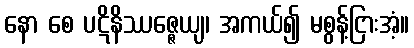
နော စေ ပဋိနိဿဇ္ဇေယျ၊ အကယ်၍ မစွန့်ငြားအံ့။